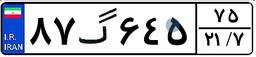
۰۴گ۲۸۸۳۴